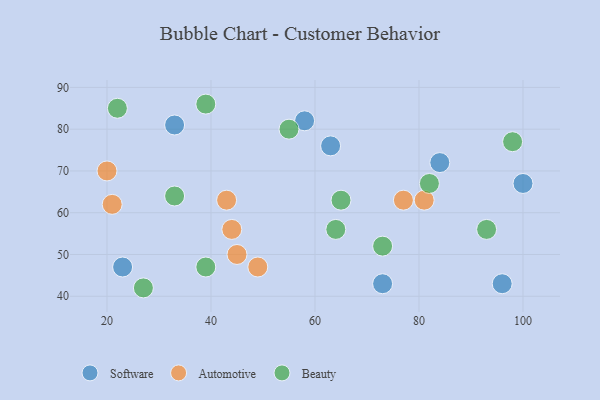
{"axis": {"x": "GDP", "y": "Life Expectancy"}, "legend": ["Automotive", "Beauty", "Software"], "data": [{"x": "84", "y": 72, "type": "Software"}, {"x": "58", "y": 82, "type": "Software"}, {"x": "23", "y": 47, "type": "Software"}, {"x": "73", "y": 43, "type": "Software"}, {"x": "33", "y": 81, "type": "Software"}, {"x": "100", "y": 67, "type": "Software"}, {"x": "63", "y": 76, "type": "Software"}, {"x": "96", "y": 43, "type": "Software"}, {"x": "44", "y": 56, "type": "Automotive"}, {"x": "77", "y": 63, "type": "Automotive"}, {"x": "21", "y": 62, "type": "Automotive"}, {"x": "49", "y": 47, "type": "Automotive"}, {"x": "45", "y": 50, "type": "Automotive"}, {"x": "20", "y": 70, "type": "Automotive"}, {"x": "43", "y": 63, "type": "Automotive"}, {"x": "81", "y": 63, "type": "Automotive"}, {"x": "33", "y": 64, "type": "Beauty"}, {"x": "82", "y": 67, "type": "Beauty"}, {"x": "22", "y": 85, "type": "Beauty"}, {"x": "98", "y": 77, "type": "Beauty"}, {"x": "65", "y": 63, "type": "Beauty"}, {"x": "55", "y": 80, "type": "Beauty"}, {"x": "73", "y": 52, "type": "Beauty"}, {"x": "39", "y": 86, "type": "Beauty"}, {"x": "27", "y": 42, "type": "Beauty"}, {"x": "64", "y": 56, "type": "Beauty"}, {"x": "39", "y": 47, "type": "Beauty"}, {"x": "93", "y": 56, "type": "Beauty"}]}